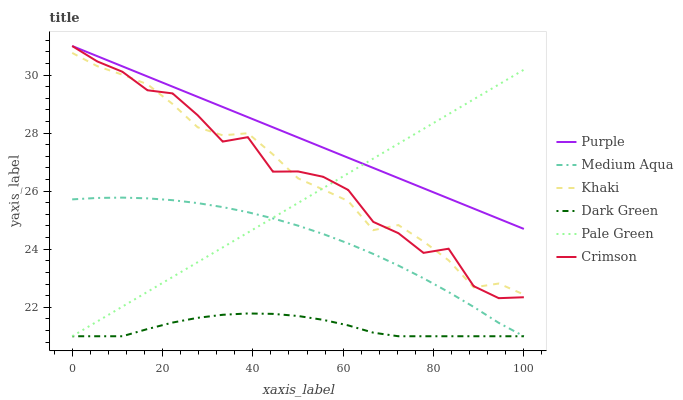
| xaxis_label | Purple | Medium Aqua | Khaki | Dark Green | Pale Green | Crimson |
 | --- | --- | --- | --- | --- | --- | --- |
 | 0 | 31 | 25.7 | 30.8 | 21 | 21 | 31 |
 | 5.56 | 30.6 | 25.8 | 30.3 | 21 | 21.5 | 30.5 |
 | 11.1 | 30.3 | 25.8 | 30 | 21 | 22 | 30.1 |
 | 16.7 | 29.9 | 25.8 | 29.7 | 21.2 | 22.5 | 29.5 |
 | 22.2 | 29.6 | 25.7 | 29 | 21.5 | 23 | 29.4 |
 | 27.8 | 29.2 | 25.6 | 28.2 | 21.6 | 23.6 | 28.6 |
 | 33.3 | 28.9 | 25.4 | 27.9 | 21.7 | 24.1 | 27.7 |
 | 38.9 | 28.5 | 25.3 | 28 | 21.8 | 24.6 | 27.9 |
 | 44.4 | 28.2 | 25.1 | 27.3 | 21.8 | 25.1 | 26.7 |
 | 50 | 27.8 | 24.8 | 26.4 | 21.7 | 25.6 | 26.7 |
 | 55.6 | 27.5 | 24.5 | 26.1 | 21.6 | 26.1 | 26.5 |
 | 61.1 | 27.1 | 24.2 | 25.7 | 21.4 | 26.6 | 26 |
 | 66.7 | 26.8 | 23.8 | 24.7 | 21.1 | 27.1 | 24.9 |
 | 72.2 | 26.4 | 23.4 | 24.8 | 21 | 27.6 | 24.6 |
 | 77.8 | 26.1 | 23 | 24.3 | 21 | 28.1 | 23.9 |
 | 83.3 | 25.7 | 22.5 | 23.6 | 21 | 28.7 | 24 |
 | 88.9 | 25.4 | 22 | 22.7 | 21 | 29.2 | 22.7 |
 | 94.4 | 25 | 21.5 | 22.8 | 21 | 29.7 | 22.3 |
 | 100 | 24.7 | 21 | 22.4 | 21 | 30.2 | 22.3 |